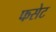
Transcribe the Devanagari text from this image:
फसेट